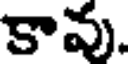
కావు.